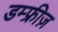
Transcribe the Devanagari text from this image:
डम्फ्रीज़